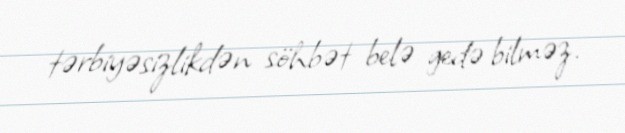
tərbiyəsizlikdən söhbət belə gedə bilməz.